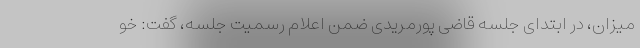
میزان، در ابتدای جلسه قاضی پورمریدی ضمن اعلام رسمیت جلسه، گفت: خو